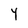
Character: Y